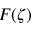
F ( \zeta )